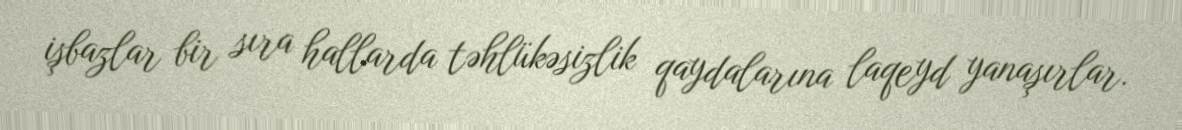
işbazlar bir sıra hallarda təhlükəsizlik qaydalarına laqeyd yanaşırlar.